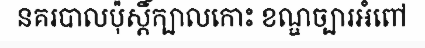
នគរបាលប៉ុស្តិ៍ក្បាលកោះ ខណ្ឌច្បារអំពៅ